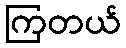
ကြတယ်